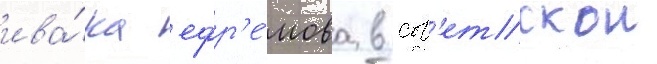
ива́на ефр'е́мова в сов'етскои